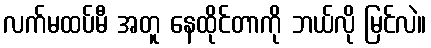
လက်မထပ်မီ အတူ နေထိုင်တာကို ဘယ်လို မြင်လဲ။